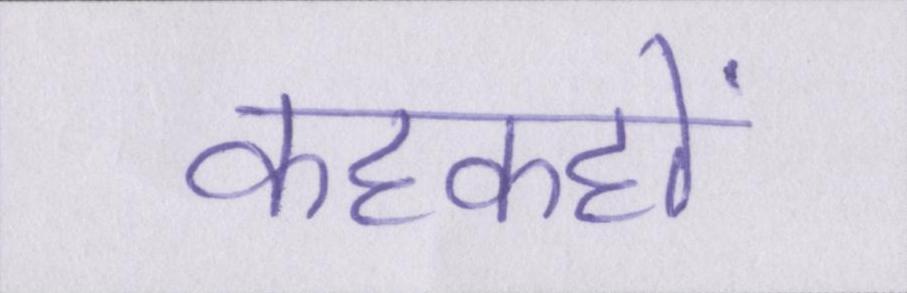
कहकहों